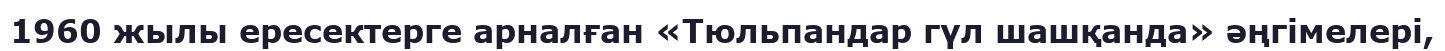
1960 жылы ересектерге арналған «Тюльпандар гүл шашқанда» әңгімелері,